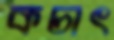
কচাৎ